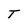
Character: T